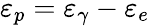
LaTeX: \varepsilon_{p}=\varepsilon_{\gamma}-\varepsilon_{e}